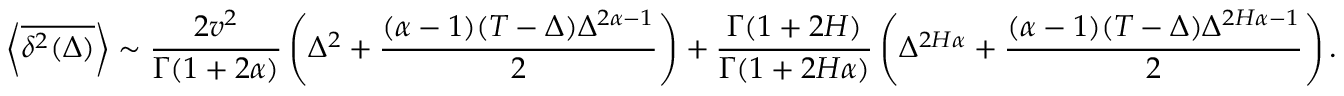
\left< \overline { { \delta ^ { 2 } ( \Delta ) } } \right> \sim \frac { 2 v ^ { 2 } } { \Gamma ( 1 + 2 \alpha ) } \left( \Delta ^ { 2 } + \frac { ( \alpha - 1 ) ( T - \Delta ) \Delta ^ { 2 \alpha - 1 } } { 2 } \right) + \frac { \Gamma ( 1 + 2 H ) } { \Gamma ( 1 + 2 H \alpha ) } \left( \Delta ^ { 2 H \alpha } + \frac { ( \alpha - 1 ) ( T - \Delta ) \Delta ^ { 2 H \alpha - 1 } } { 2 } \right) .